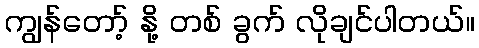
ကျွန်တော့် နို့ တစ် ခွက် လိုချင်ပါတယ်။